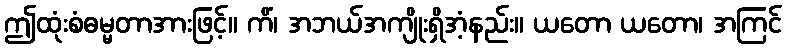
ဤထုံးစံဓမ္မတာအားဖြင့်။ ကိံ၊ အဘယ်အကျိုးရှိအံ့နည်း။ ယတော ယတော၊ အကြင်